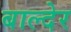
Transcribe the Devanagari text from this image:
बाल्देर